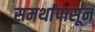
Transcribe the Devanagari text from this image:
समर्थांपासून